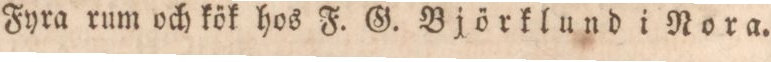
Fyra rum och kök hos F. G. Björklund i Nora.